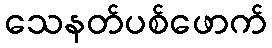
သေနတ်ပစ်ဖောက်